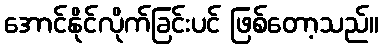
အောင်နိုင်လိုက်ခြင်းပင် ဖြစ်တော့သည်။